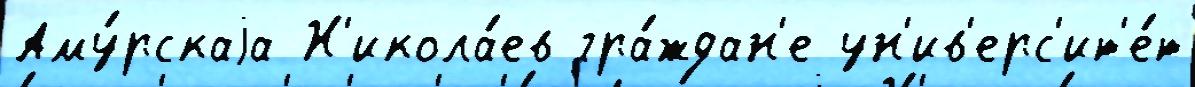
Аму́рскаjа Н'икола́ев гра́ждан'е ун'ив'ерс'ит'е́т